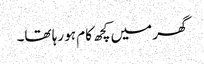
گھر میں کچھ کام ہو رہا تھا۔